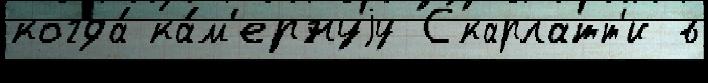
когда́ ка́м'ернуjу Скарлатт'и в